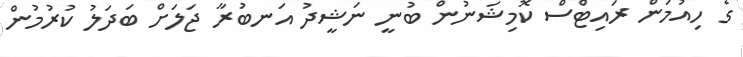
ގެ ހިއުމަން ރައިޓްސް ކޮމިޝަނުން ބުނީ ނަޝީދު އަނބުރާ ޖަލަށް ބަދަލު ކުރުމުން